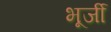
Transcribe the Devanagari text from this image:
भूर्जी